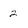
Character: 2